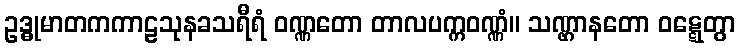
ဥဒ္ဓုမာတကကာဠသုနခသရီရံ ဝဏ္ဏတော တာလပက္ကဝဏ္ဏံ။ သဏ္ဌာနတော ဝဋ္ဋေတွာ